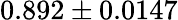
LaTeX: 0.892\pm 0.0147